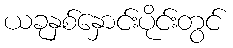
ယခုနှစ်နှောင်းပိုင်းတွင်